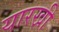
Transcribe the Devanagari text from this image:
यारखी